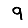
Digit: 9